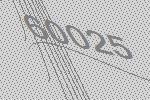
60025